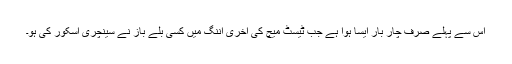
اِس سے پہلے صرف چار بار ایسا ہوا ہے جب ٹیسٹ میچ کی آخری اننگ میں کسی بلے باز نے سینچری اسکور کی ہو۔